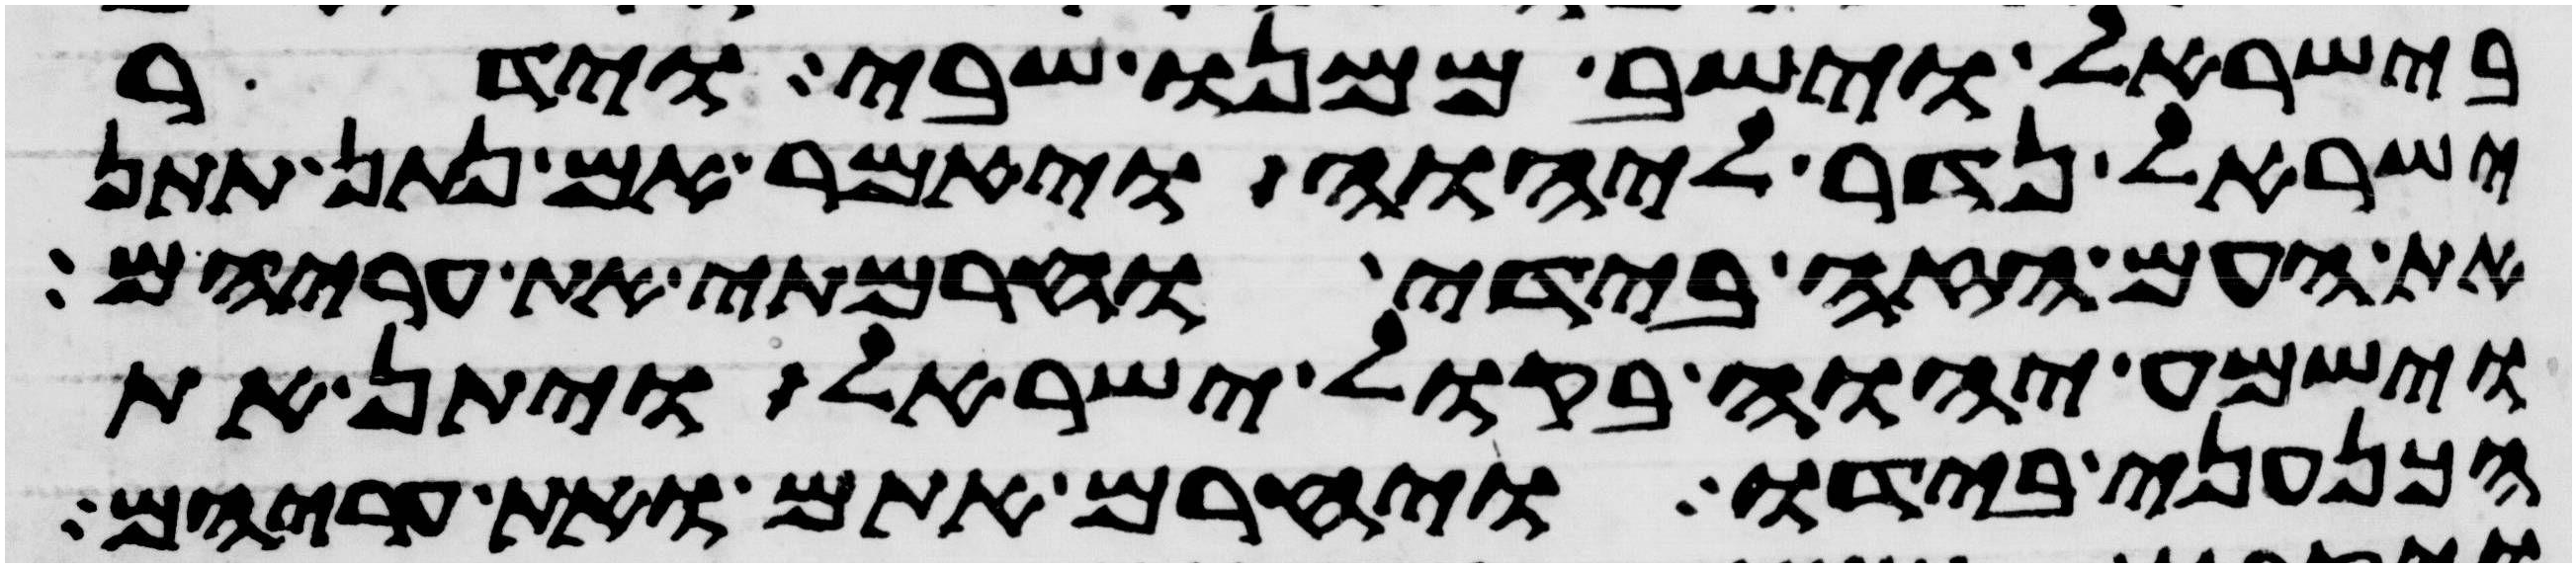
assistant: בישראל וישב ממנו שבי וידר
ישראל נדר ליהוה ויאמר אם נתון תתן
את העם הזה בידי וחרמתי את עריהם
וישמע יהוה בקול ישראל ויתן את
הכנעני בידו ויחרם אתם ואת עריהם